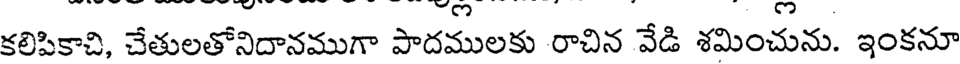
కలిపికాచి, చేతులతోనిదానముగా పాదములకు రాచిన వేడి శమించును. ఇంకనూ